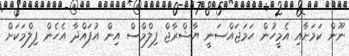
ނޫން ކަމަށާއި އެމީހުން ހަމަޖައްސަނީ ޔާޝްރާޖް ފިލްމްސް އިން އުފައްދާ އެހެން ފިލްމަކަށް